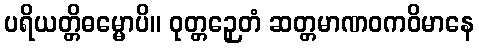
ပရိယတ္တိဓမ္မောပိ။ ဝုတ္တဉှေတံ ဆတ္တမာဏဝကဝိမာနေ